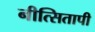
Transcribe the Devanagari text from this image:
नीत्सितापी